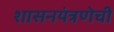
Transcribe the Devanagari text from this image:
शासनयंत्रणेची